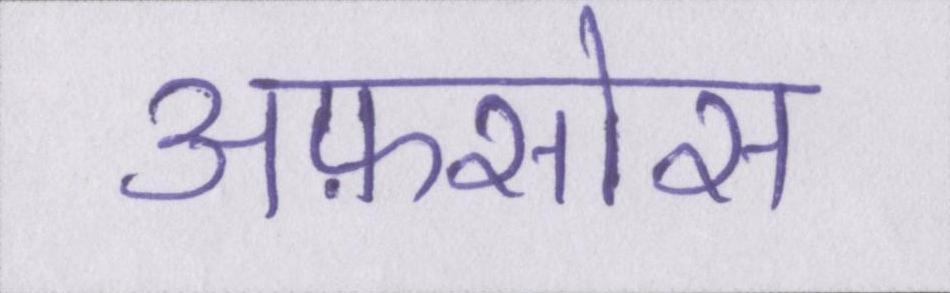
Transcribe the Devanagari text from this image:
अफ़सोस